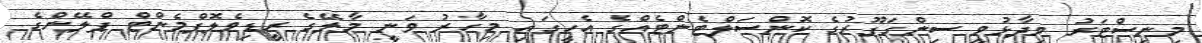
މިނިސްޓަރު ވިދާޅުވީ ސިންގަޕޫރުގެ ކޮންސަލްޓެންޓެއްގެ އެހީގައި މިހާރު ވަނީ މާލޭގެ ރީޑިވެލޮޕްމެންޓް ޕްލޭންގެ